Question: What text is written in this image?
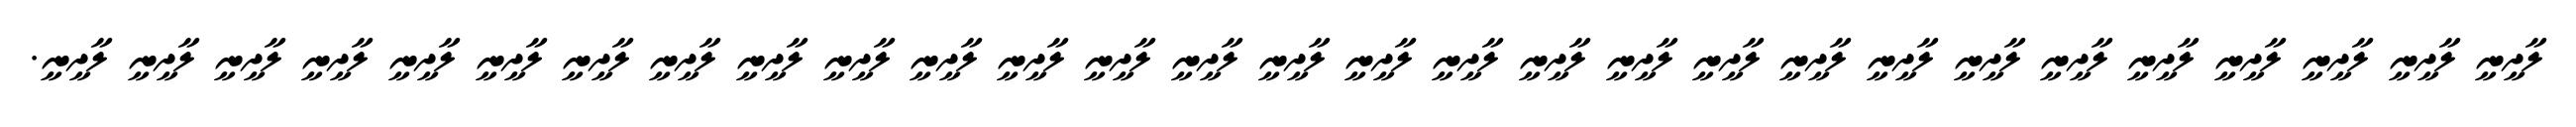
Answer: ލާދީނީ ލާދީނީ ލާދީނީ ލާދީނީ ލާދީނީ ލާދީނީ ލާދީނީ ލާދީނީ ލާދީނީ ލާދީނީ ލާދީނީ ލާދީނީ ލާދީނީ ލާދީނީ ލާދީނީ ލާދީނީ ލާދީނީ ލާދީނީ ލާދީނީ ލާދީނީ ލާދީނީ ލާދީނީ ލާދީނީ ލާދީނީ ލާދީނީ ލާދީނީ ލާދީނީ ލާދީނީ ލާދީނީ.